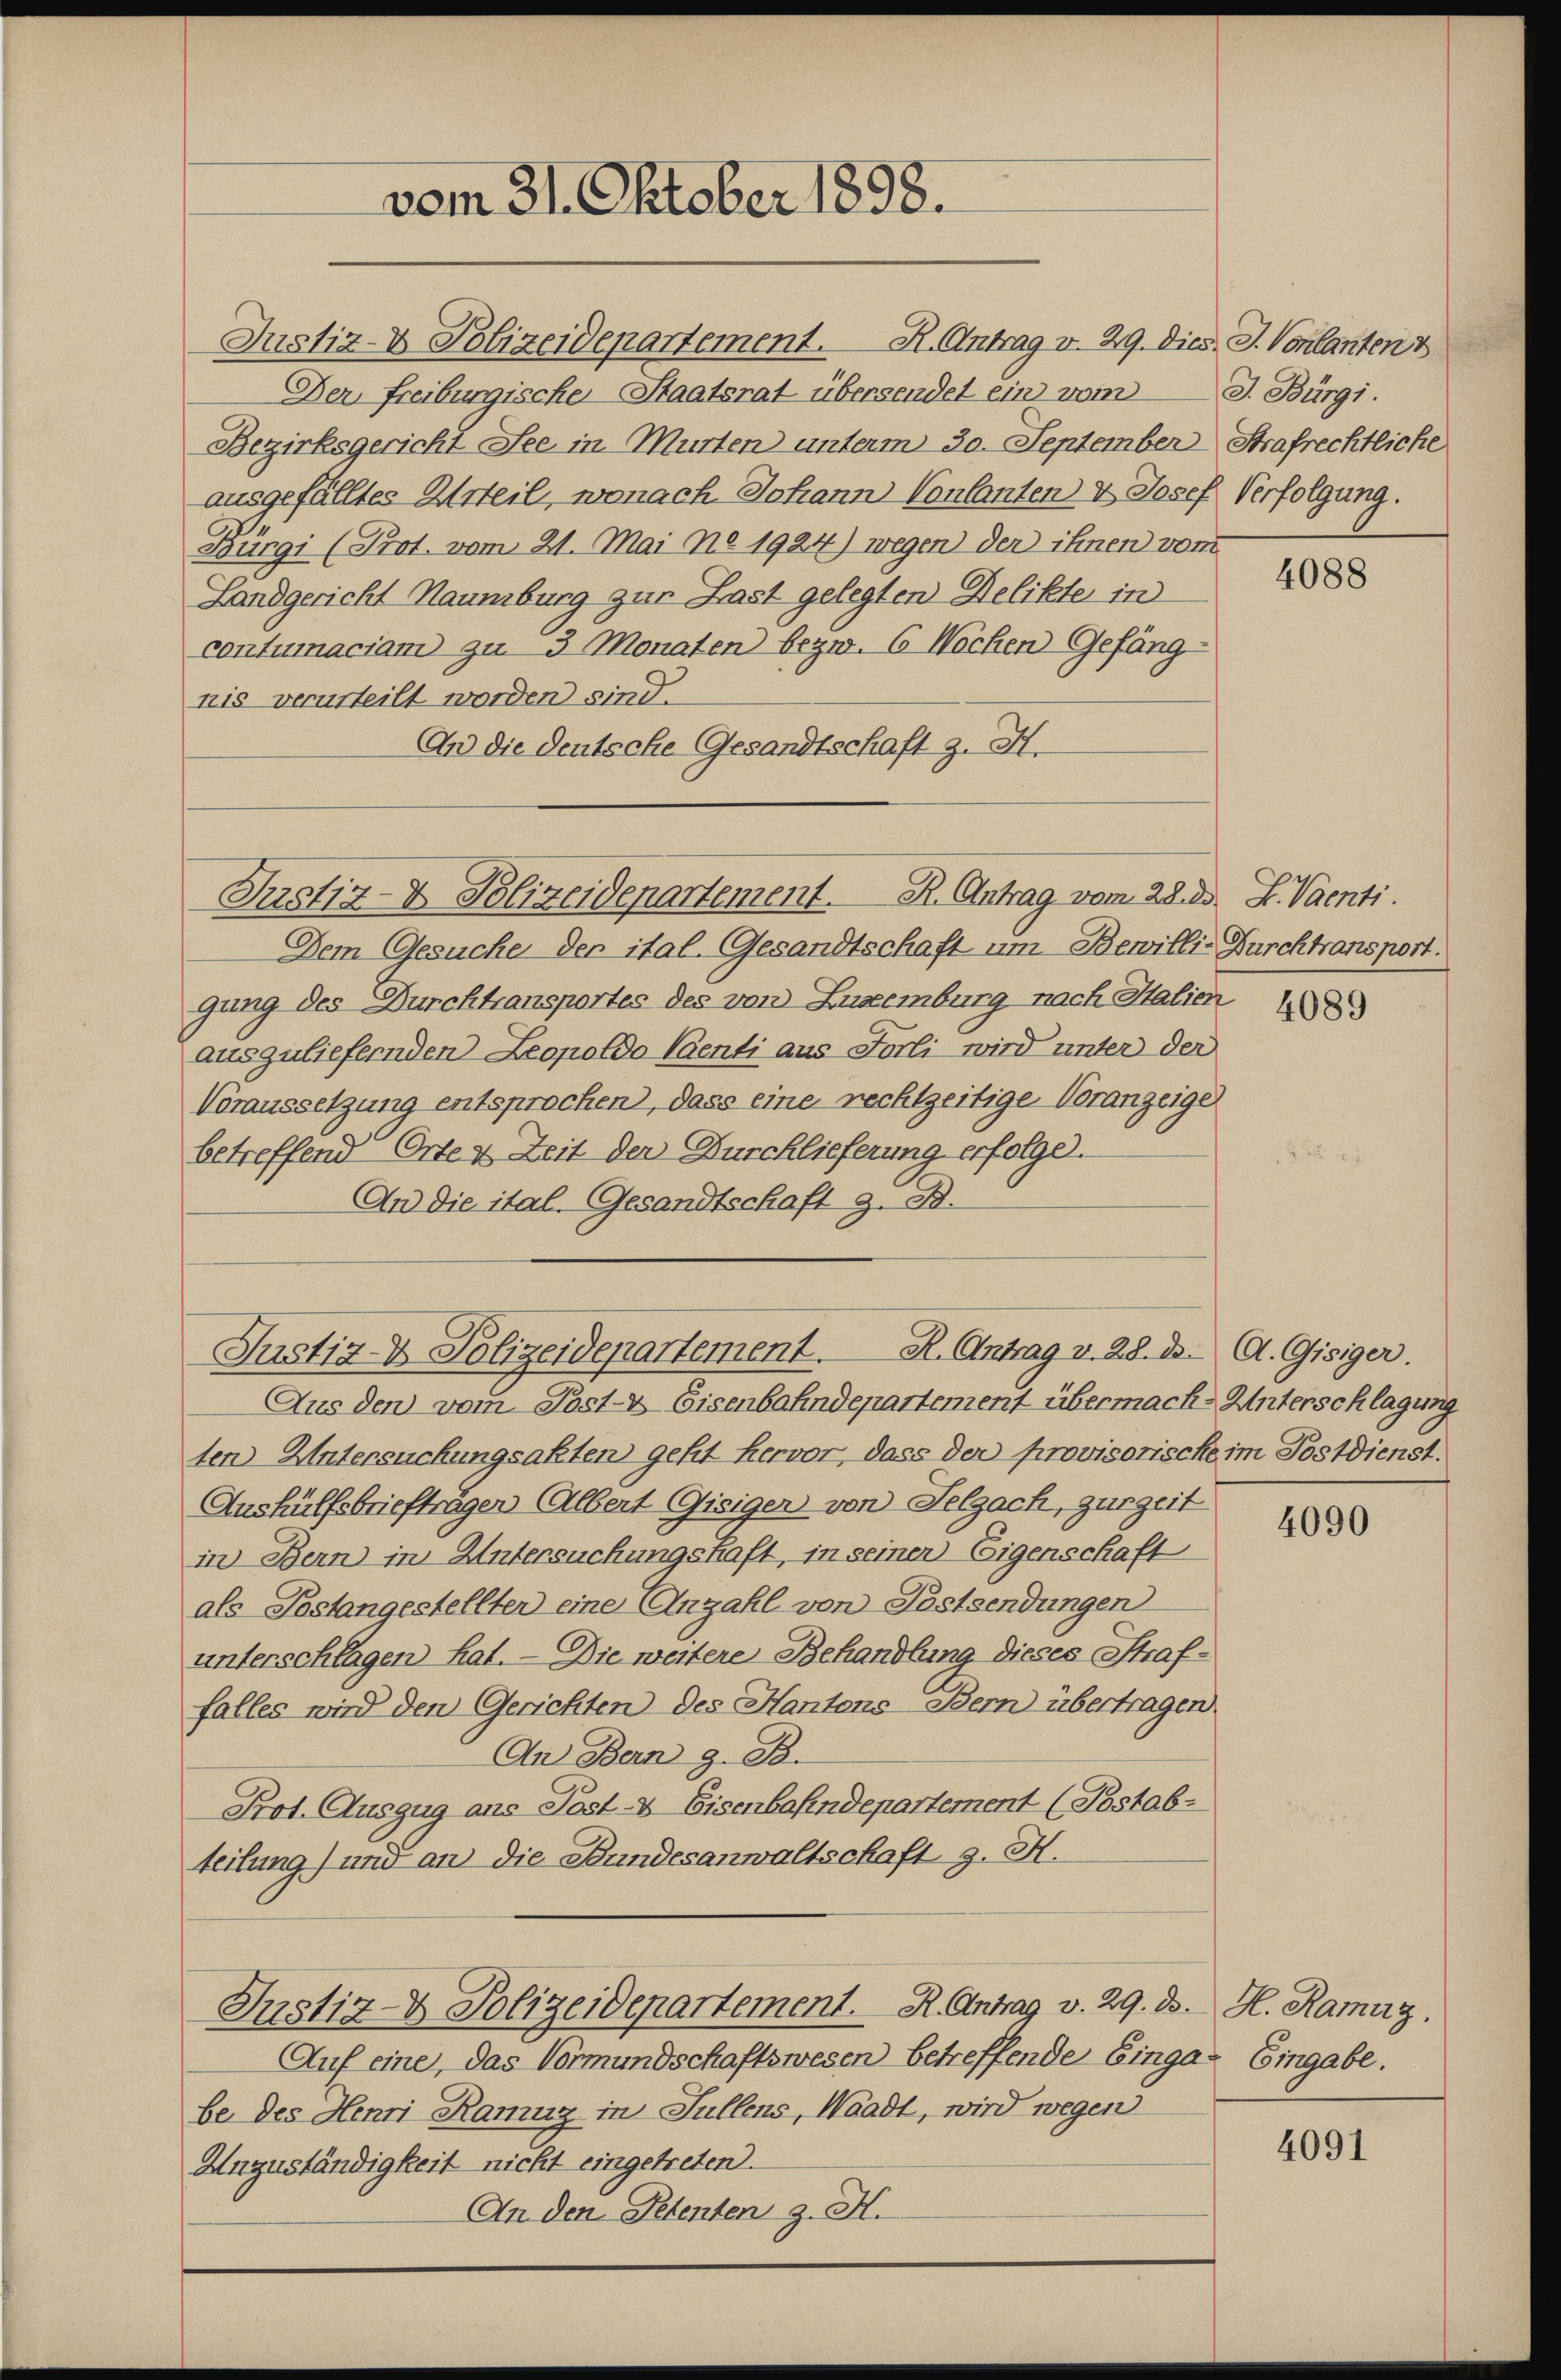
Justiz- & Polizeidepartement. K. Antrag v. 29. Dies J. Vonlanten
Der freiburgische Staatsrat übersendet ein vom
Bezirksgericht See in Murten unterm 30. September
ausgefälltes Anteil, wonach Johann Vonlanten & Josef Verfolgung.
Bürgi (Prot. vom 21. Mai No 1924) wegen der ihnen vom
Landgericht Naumburg zur Last gelegten Delikte in
contumaciam zu 3 Monaten bezw. 6 Wochen Gefäng-
nis verurteilt worden sind.
An die deutsche Gesandtschaft z. H.

Justiz- & Polizeidepartement. R. Antrag vom 28. ds. S. Vaenti.

vom 31. Oktober 1898.

Justiz- & Polizeidepartement. R. Antrag v. 28. d. A. Gisiger

Dem Gesuche der ital. Gesandtschaft um Bewilli-Durchtransport.
gung des Durchtransportes des von Luremburg nach Italien
auszuliefernden Leopoldo Venti aus Forli wird unter der
Voraussetzung entsprochen, dass eine rechtzeitige Voranzeige
betreffend Orte & Zeit der Burcklieferung erfolge.
An die ital. Gesandtschaft z. B.
Aus den vom Post- & Eisenbahndepartement übermache Unterschlagung
ten-Untersuchungsakten geht hervor, dass der provisorische im Postdienst.
Aushülfsbriefträgen Albert Gisigen von Selzach, zurzeit
in Bern in Untersuchungshaft, in seiner Eigenschaft
als Postangestellter eine Anzahl von Postsendungen
unterschlagen hat. — Die weitere Behandlung dieses Straffalles wird den Gerichten des Kantons-Bern übertragen.
An Bern z. B.
Prot. Auszug aus Post- & Eisenbahndepartement (Postab-
teilung) und an die Bundesanwaltschaft z. H.
Justiz- & Polizeidepartement. R. Antrag v. 29. ds. H. Ramuz.
Auf eine, das Vormundschaftswesen betreffende Einga- Eingabe.
be des Henri Ramuz in Füllens, Waadt, wird wegen
Unzuständigkeit nicht eingetreten.
An den Petenten z. H.

J. Bürgi.
Strafrechtliche

4088

4089

4090

4091